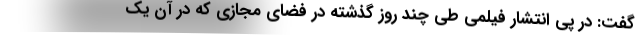
گفت: در پی انتشار فیلمی طی چند روز گذشته در فضای مجازی که در آن یک